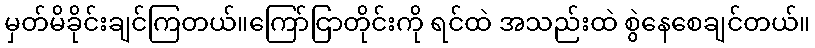
မှတ်မိခိုင်းချင်ကြတယ်။ကြော်ငြာတိုင်းကို ရင်ထဲ အသည်းထဲ စွဲနေစေချင်တယ်။